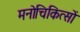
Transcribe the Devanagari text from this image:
मनोचिकित्सों